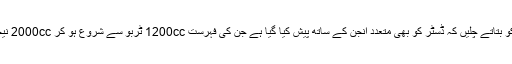
قوت کی بات ہو رہی ہے تو آپ کو بتاتے چلیں کہ ڈسٹر کو بھی متعدد انجن کے ساتھ پیش کیا گیا ہے جن کی فہرست 1200cc ٹربو سے شروع ہو کر 2000cc نیچرلی ایسپریٹڈ انجن تک جاتی ہے۔